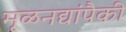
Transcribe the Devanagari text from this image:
मूळनद्यांपैकी